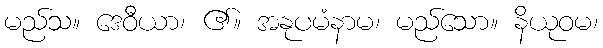
မည်သ။ ဒေဝီယာ၊ ၏။ အနုပမံနာမ၊ မည်သော။ နိယုဝမ၊